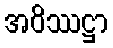
အဝိဿဋ္ဌာ